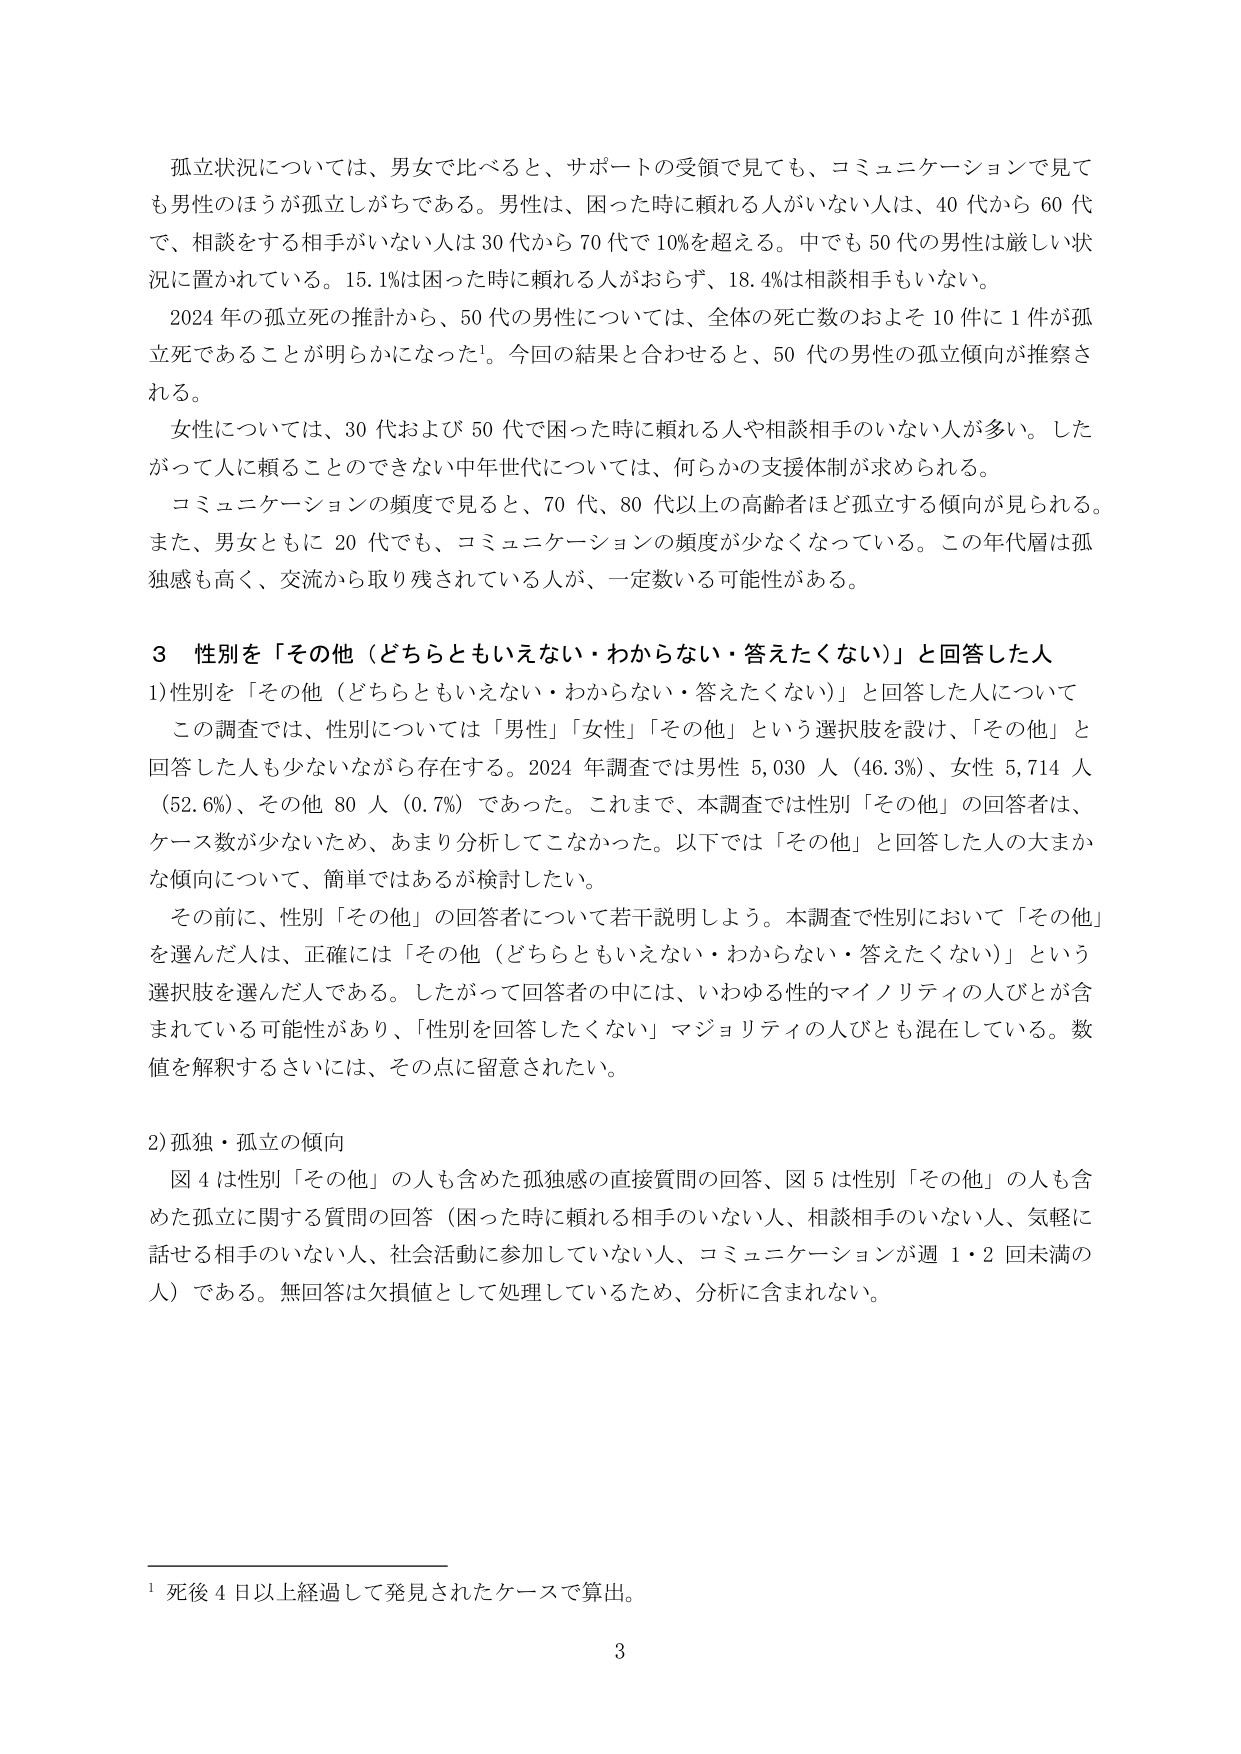
孤立状況については、男女で比べると、サポートの受領で見ても、コミュニケーションで見ても男性のほうが孤立しがちである。男性は、困った時に頼れる人がいない人は、40代から60代で、相談をする相手がいない人は30代から70代で10%を超える。中でも50代の男性は厳しい状況に置かれている。15.1%は困った時に頼れる人がおらず、18.4%は相談相手もいない。

2024年の孤立死の推計から、50代の男性については、全体の死亡数のおよそ10件に1件が孤立死であることが明らかになった¹。今回の結果と合わせると、50代の男性の孤立傾向が推察される。

女性については、30代および50代で困った時に頼れる人や相談相手のいない人が多い。したがって人に頼ることのできない中年世代については、何らかの支援体制が求められる。

コミュニケーションの頻度で見ると、70代、80代以上の高齢者は孤立する傾向が見られる。また、男女ともに20代でも、コミュニケーションの頻度が少なくなっている。この年代層は孤独感も高く、交流から取り残されている人が、一定数いる可能性がある。

3 性別を「その他（どちらともいえない・わからない・答えたくない）」と回答した人

1) 性別を「その他（どちらともいえない・わからない・答えたくない）」と回答した人について

この調査では、性別については「男性」「女性」「その他」という選択肢を設け、「その他」と回答した人も少ないながら存在する。2024年調査では男性5,030人（46.3%）、女性5,714人（52.6%）、その他80人（0.7%）であった。これまで、本調査では性別「その他」の回答者は、ケース数が少ないため、あまり分析してこなかった。以下では「その他」と回答した人の大まかな傾向について、簡単ではあるが検討したい。

その前に、性別「その他」の回答者について若干説明しよう。本調査で性別において「その他」を選んだ人は、正確には「その他（どちらともいえない・わからない・答えたくない）」という選択肢を選んだ人である。したがって回答者の中には、いわゆる性的マイノリティの人びとが含まれている可能性があり、「性別を回答したくない」マジョリティの人びとも混在している。数値を解釈するさいには、その点に留意されたい。

2) 孤独・孤立の傾向

図4は性別「その他」の人も含めた孤独感の直接質問の回答、図5は性別「その他」の人も含めた孤立に関する質問の回答（困った時に頼れる相手のいない人、相談相手のいない人、気軽に話せる相手のいない人、社会活動に参加していない人、コミュニケーションが週1・2回未満の人）である。無回答は欠損値として処理しているため、分析に含まれない。

¹ 死後4日以上経過して発見されたケースで算出。

3